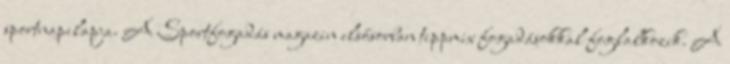
sportnapilapja. A Sportfogadás magazin elsősorban tippmix fogadásokkal foglalkozik. A